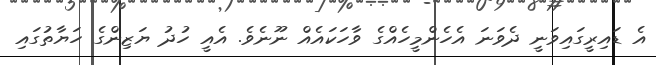
އެ ޑައިރީގައިވަނީ ދެވަނަ އެހެންމީހެއްގެ ވާހަކައެއް ނޫނެވެ. އެއީ ހުދު ޔަޒިންގެ ހަޔާތުގައި